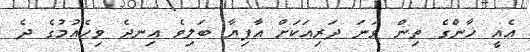
އެއީ ޚާންގެ ތިން ވަނަ ދަރިއަކަށް އާފިޔާ ބަލިވެ އިނދެ ވިހެއުމުގެ ދެ